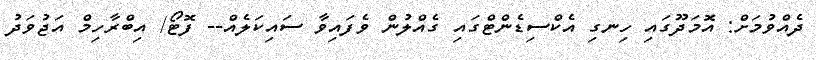
ދެއްވުމަށް: އޮމަދޫގައި ހިނގި އެކްސިޑެންޓްގައި ގެއްލުން ވެފަައިވާ ސައިކަލެއް-- ފޮޓޯ/ އިބްރާހިމް އަޖުވަދު